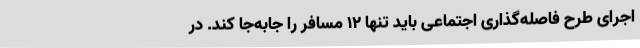
اجرای طرح فاصله‌گذاری اجتماعی باید تنها 12 مسافر را جابه‌جا کند. در